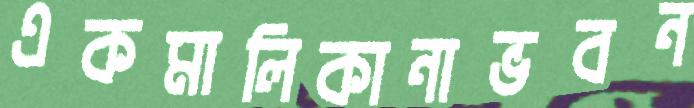
একমালিকানাভবন